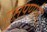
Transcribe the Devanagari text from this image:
गुप्तपणाने